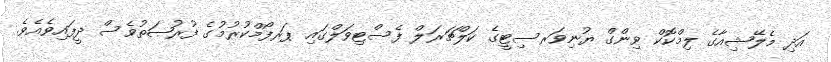
އަދި މެލޭޝިއާގެ ލިމްކޮކް ވިންގް ޔުނިވަރސިޓީގެ ކަލްޗަރަލް ފެސްޓިވަލްގައި ޕަރފޯމްކުރުމުގެ ފުރުޞަތުވެސް ދީފައިވެއެވެ.